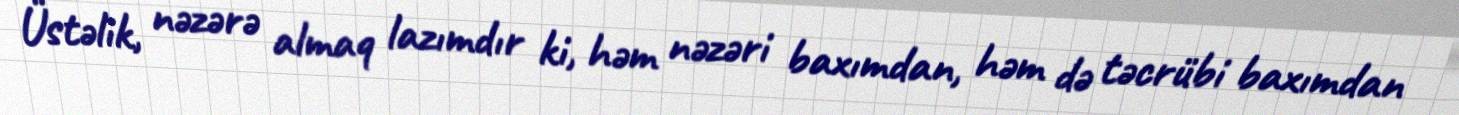
Üstəlik, nəzərə almaq lazımdır ki, həm nəzəri baxımdan, həm də təcrübi baxımdan